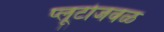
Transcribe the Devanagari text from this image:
प्लूटोजवळ